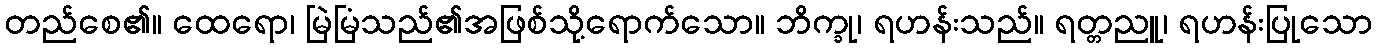
တည်စေ၏။ ထေရော၊ မြဲမြံသည်၏အဖြစ်သို့ရောက်သော။ ဘိက္ခု၊ ရဟန်းသည်။ ရတ္တညူ၊ ရဟန်းပြုသော